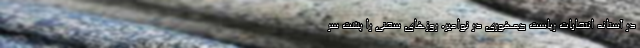
در آستانه انتخابات ریاست جمهوری در نوامبر، روزهای سختی را پشت سر